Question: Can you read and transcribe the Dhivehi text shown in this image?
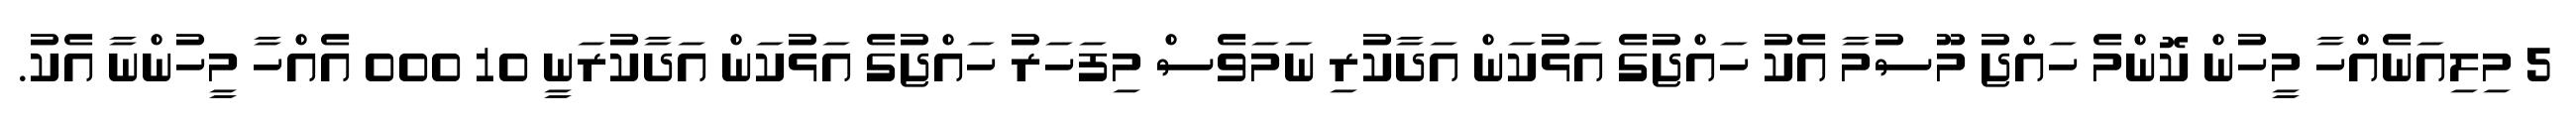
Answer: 5 މިލިއަނެއްހާ މީހުން ކޮންމެ ހައްޖު މޫސުމާ އެކު ހައްޖުގެ އަޅުކަން އަދާކުރި ނަމަވެސް މިފަހަރު ހައްޖުގެ އަޅުކަން އަދާކުރަނީ 10 000 އެއްހާ މީހުންނާ އެކު.